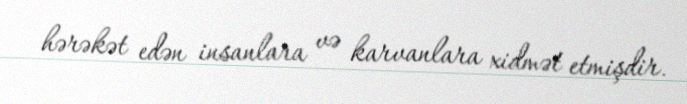
hərəkət edən insanlara və karvanlara xidmət etmişdir.